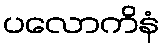
ပလောကိနံ